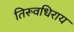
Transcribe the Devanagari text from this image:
तिरूवधिराय